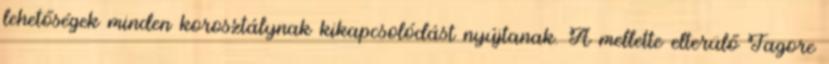
lehetőségek minden korosztálynak kikapcsolódást nyújtanak. A mellette elterülő Tagore